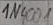
Text: 1N4001